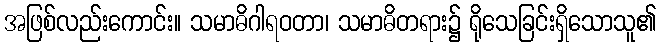
အဖြစ်လည်းကောင်း။ သမာဓိဂါရဝတာ၊ သမာဓိတရား၌ ရိုသေခြင်းရှိသောသူ၏